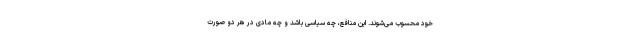
خود محسوب می‌شوند. این منافع، چه سیاسی باشد و چه مادی در هر دو صورت